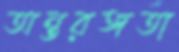
অন্তরঙ্গতা